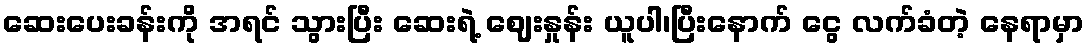
ဆေးပေးခန်းကို အရင် သွားပြီး ဆေးရဲ့ ဈေးနှုန်း ယူပါ၊ပြီးနောက် ငွေ လက်ခံတဲ့ နေရာမှာ